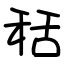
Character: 秳